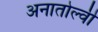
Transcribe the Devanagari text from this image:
अनातोल्वी